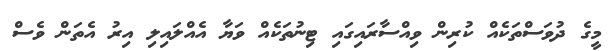
މީގެ ދުވަސްތަކެއް ކުރިން ވިއްސާރައިގައި ޓިނުތަކެއް ވަޔާ އެއްލައިލި އިރު އެތަން ވެސް